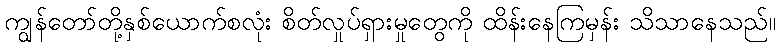
ကျွန်တော်တို့နှစ်ယောက်စလုံး စိတ်လှုပ်ရှားမှုတွေကို ထိန်းနေကြမှန်း သိသာနေသည်။